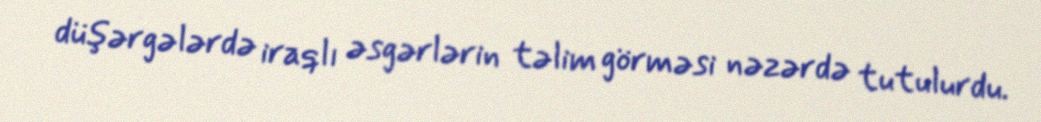
düşərgələrdə iraqlı əsgərlərin təlim görməsi nəzərdə tutulurdu.